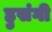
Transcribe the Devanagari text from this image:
हुसंगी